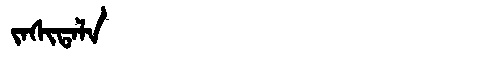
Manchu: ᠵᠠᠰᡳᡨᠠᠯᠠ
Romanization: JASITALA